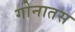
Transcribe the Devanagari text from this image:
गोनातस